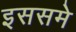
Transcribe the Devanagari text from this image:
इससमे